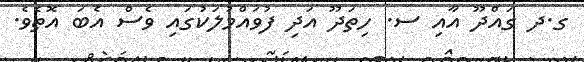
ގ.ދ ގައްދޫ އާއި ސ. ހިތަދޫ އަދި ފުވައްމުލަކުގައި ވެސް އެބަ އޮތެވެ.